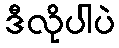
ဒီလိုပါပဲ